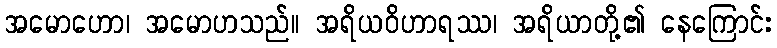
အမောဟော၊ အမောဟသည်။ အရိယဝိဟာရဿ၊ အရိယာတို့၏ နေကြောင်း